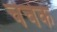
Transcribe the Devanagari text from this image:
चेचेक